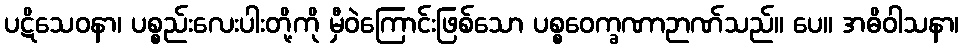
ပဋိသေဝနာ၊ ပစ္စည်းလေးပါးတို့ကို မှီဝဲကြောင်းဖြစ်သော ပစ္စဝေက္ခဏာဉာဏ်သည်။ ပေ။ အဓိဝါသနာ၊